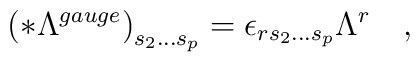
\left( *\Lambda ^{gauge}\right) _{s_2\ldots s_p}=\epsilon_{rs_2\ldots s_p}\Lambda ^r\quad ,